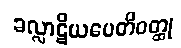
ခလ္လာဋိယပေတိဝတ္ထု